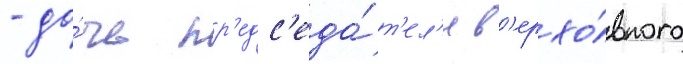
- до́чь пр'едс'еда́т'ел'я в'ерхо́вного